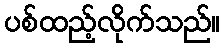
ပစ်ထည့်လိုက်သည်။